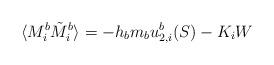
LaTeX: \begin{align*}\langle M_{i}^{b} \tilde M_{i}^{b} \rangle = -h_{b}m_{b}u_{2,i}^{b}(S) - K_{i}W\end{align*}